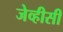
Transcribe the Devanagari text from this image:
जेव्हीसी